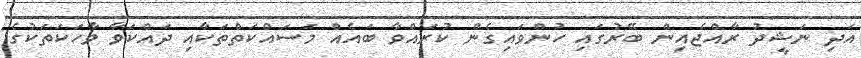
އަދި ނަޝީދު ރާއްޖެއިން ބޭރުގައި ހުންވައިގެން ކުރައްވާ ބަައެއް މަސައްކަތްތަކާއި ދައްކަވާ ވާހަކަތަކުގެ